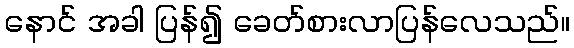
နောင် အခါ ပြန်၍ ခေတ်စားလာပြန်လေသည်။